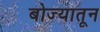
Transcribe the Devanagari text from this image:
बोज्यातून